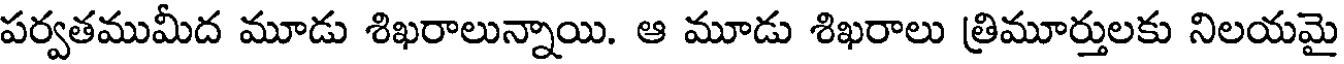
పర్వతముమీద మూడు శిఖరాలున్నాయి. ఆ మూడు శిఖరాలు త్రిమూర్తులకు నిలయమై